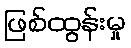
ဖြစ်ထွန်းမှု